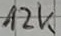
Text: 12k